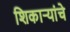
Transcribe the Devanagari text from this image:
शिकार्‍यांचे